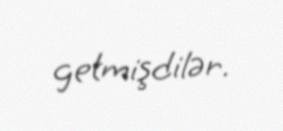
getmişdilər.